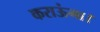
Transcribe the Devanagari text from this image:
कराऊंगा।